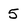
Character: 5